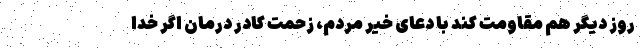
روز دیگر هم مقاومت کند با دعای خیر مردم، زحمت کادر درمان اگر خدا